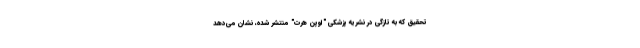
تحقیق که به تازگی در نشریه پزشکی "اوپن هرت" منتشر شده، نشان می‌دهد